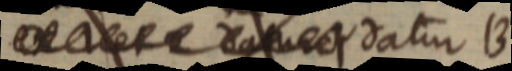
_ datur B